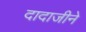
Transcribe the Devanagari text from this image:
दादाजीने